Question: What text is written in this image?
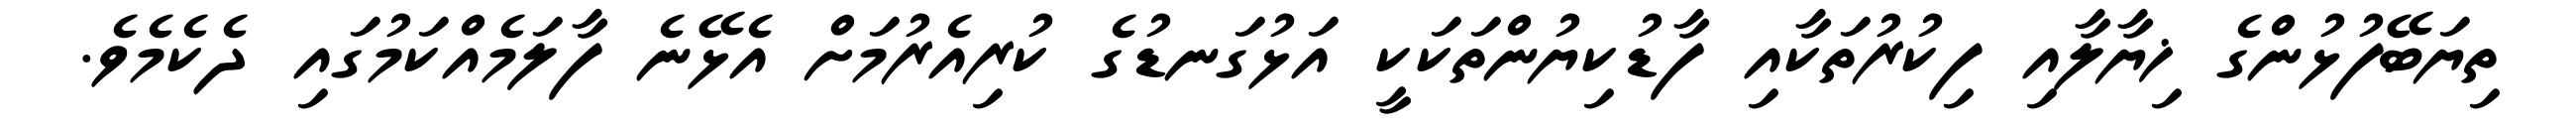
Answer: ތިޔަބޭފުޅުންގެ ޚިޔާލާއި ފިކުރުތަކާއި ފާޑުކިޔުންތަކަކީ އަޅުގަނޑުގެ ކުރިއެރުމަށް އެޅޭނެ ފާލަމެއްކަމުގައި ދެކެމެވެ.